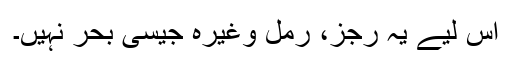
اس لیے یہ رجز، رمل وغیرہ جیسی بحر نہیں۔